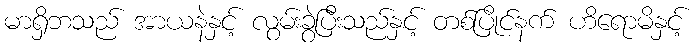
မာရှိဘသည် အာယနဲနှင့် လွမ်းခွဲပြီးသည်နှင့် တစ်ပြိုင်နက် ဟိရောမိနှင့်